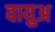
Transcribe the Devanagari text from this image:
वायुअ